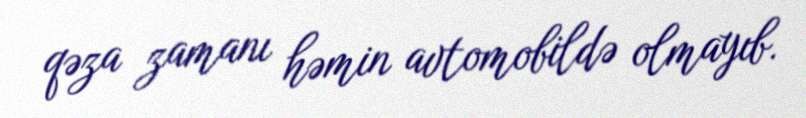
qəza zamanı həmin avtomobildə olmayıb.